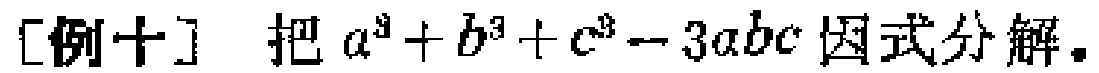
[例十] 把 \(a^{3}+b^{3}+c^{3}-3abc\) 因式分解。